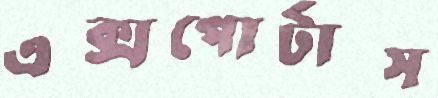
এক্সপোর্টাস